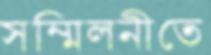
সম্মিলনীতে